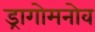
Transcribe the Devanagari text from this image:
ड्रागोमनोव